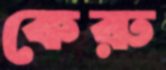
কেরু